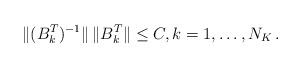
LaTeX: \begin{align*}\|(B_k^T)^{-1}\|\,\|B_k^T\| \leq C, k=1,\ldots,N_K\,.\end{align*}